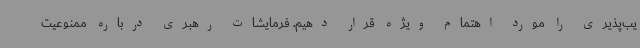
یب‌پذیری را مورد اهتمام ویژه قرار دهیم. فرمایشات رهبری درباره ممنوعیت